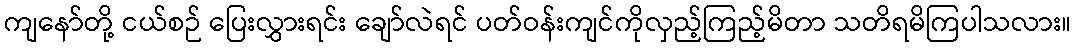
ကျနော်တို့ ငယ်စဉ် ပြေးလွှားရင်း ချော်လဲရင် ပတ်ဝန်းကျင်ကိုလှည့်ကြည့်မိတာ သတိရမိကြပါသလား။